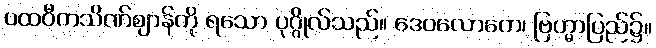
ပထဝီကသိဏ်ဈာန်ကို ရသော ပုဂ္ဂိုလ်သည်။ ဒေဝလောကေ၊ ဗြဟ္မာပြည်၌။